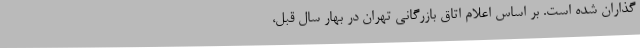
گذاران شده است. بر اساس اعلام اتاق بازرگانی تهران در بهار سال قبل،